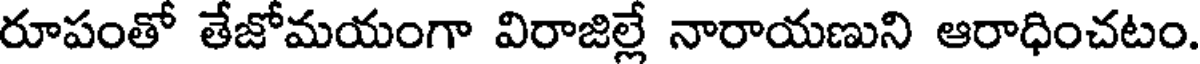
రూపంతో తేజోమయంగా విరాజిల్లే నారాయణుని ఆరాధించటం.